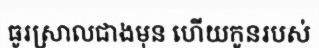
ធូរស្រាលជាងមុន ហើយកូនរបស់